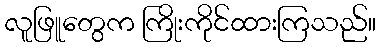
လူဖြူတွေက ကြိုးကိုင်ထားကြသည်။